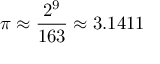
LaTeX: \pi \approx { \frac { 2 ^ { 9 } } { 1 6 3 } } \approx 3 . 1 4 1 1